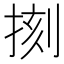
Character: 𢮰